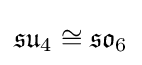
{\mathfrak {su}}_{4}\cong {\mathfrak {so}}_{6}